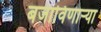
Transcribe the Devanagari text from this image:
बजाविणार्‍या